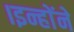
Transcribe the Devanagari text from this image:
।इन्हाेंने